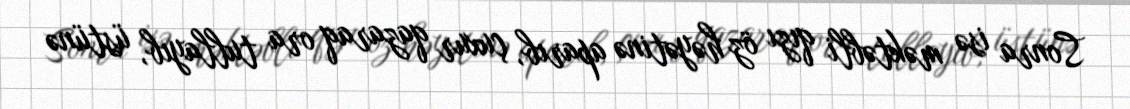
Sonra isə məktəbli qızı öz həyətinə aparıb, çuxur qazaraq ora tullayıb, üstünə